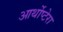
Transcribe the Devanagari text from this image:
आर्थोप्टेरा